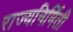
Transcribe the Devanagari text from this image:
राज्यनिर्मिती